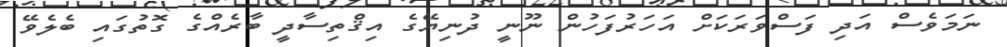
ނަމަވެސް އަދި ފަސްވަރަކަށް އަހަރުފަހުން ނޫނީ ދުނިޔޭގެ އިޤްތިސާދީ ބާރެއްގެ ގޮތުގައި ބެލެވޭ